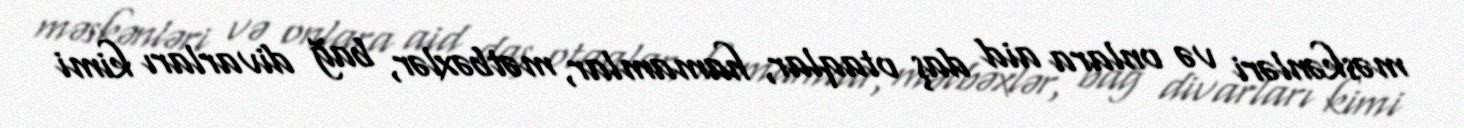
məskənləri və onlara aid daş otaqlar, hamamlar, mətbəxlər, bağ divarları kimi